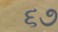
૬૭